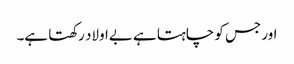
اور جس کو چاہتا ہے بےاولاد رکھتا ہے۔